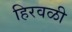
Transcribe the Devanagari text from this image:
हिरवळी